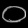
Digit: ၀